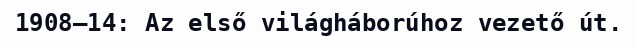
1908–14: Az első világháborúhoz vezető út.